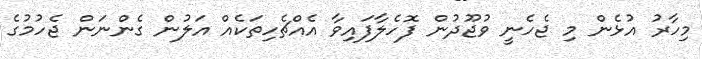
މިހާރު އުޅެން މި ޖެހެނީ ވުޖޫދުން ފޮހެލާފައިވާ އެއްޗެހިތަކެއް އަލުން ގެންނަން ޖެހުމުގެ